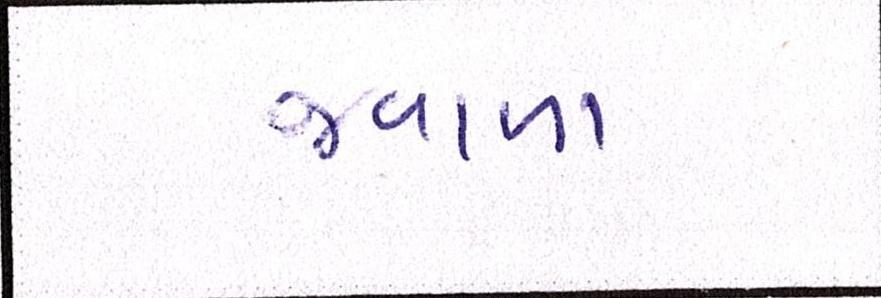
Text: જ્વાળા